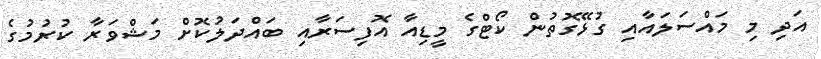
އަދި މި މައްސަލައާއި ގުޅޭގޮތުން ކޯޓްގެ މީޑިއާ އޮފިސަރާއި ބައްދަލުކޮށް މަޝްވަރާ ކުރުމުގެ